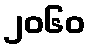
၂၀၆၀